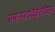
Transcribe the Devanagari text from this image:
समानपदविवृत्तिविराम